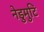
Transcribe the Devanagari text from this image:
नेडुमुटि